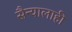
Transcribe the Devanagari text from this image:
सैन्यालाही